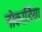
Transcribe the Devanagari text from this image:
नोकार्डिया